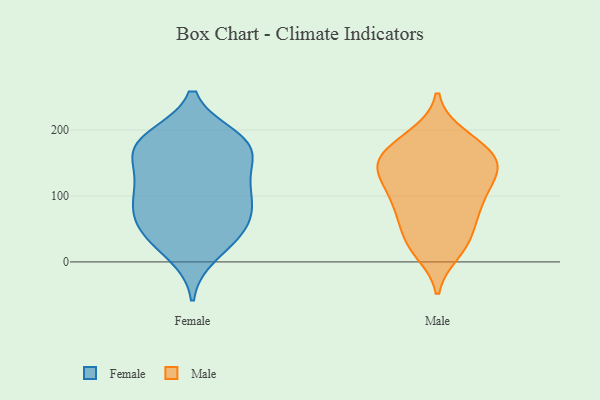
{"axis": {"x": "Page Views", "y": "Value"}, "legend": ["Female", "Male"], "data": [{"x": "", "y": 46, "type": "Female"}, {"x": "", "y": 165, "type": "Female"}, {"x": "", "y": 79, "type": "Female"}, {"x": "", "y": 127, "type": "Female"}, {"x": "", "y": 100, "type": "Female"}, {"x": "", "y": 175, "type": "Female"}, {"x": "", "y": 39, "type": "Female"}, {"x": "", "y": 178, "type": "Female"}, {"x": "", "y": 176, "type": "Female"}, {"x": "", "y": 109, "type": "Female"}, {"x": "", "y": 182, "type": "Female"}, {"x": "", "y": 42, "type": "Female"}, {"x": "", "y": 12, "type": "Female"}, {"x": "", "y": 84, "type": "Female"}, {"x": "", "y": 188, "type": "Female"}, {"x": "", "y": 69, "type": "Female"}, {"x": "", "y": 130, "type": "Female"}, {"x": "", "y": 80, "type": "Male"}, {"x": "", "y": 167, "type": "Male"}, {"x": "", "y": 131, "type": "Male"}, {"x": "", "y": 41, "type": "Male"}, {"x": "", "y": 80, "type": "Male"}, {"x": "", "y": 131, "type": "Male"}, {"x": "", "y": 98, "type": "Male"}, {"x": "", "y": 139, "type": "Male"}, {"x": "", "y": 187, "type": "Male"}, {"x": "", "y": 96, "type": "Male"}, {"x": "", "y": 69, "type": "Male"}, {"x": "", "y": 25, "type": "Male"}, {"x": "", "y": 158, "type": "Male"}, {"x": "", "y": 152, "type": "Male"}, {"x": "", "y": 191, "type": "Male"}, {"x": "", "y": 16, "type": "Male"}, {"x": "", "y": 28, "type": "Male"}, {"x": "", "y": 130, "type": "Male"}, {"x": "", "y": 149, "type": "Male"}, {"x": "", "y": 169, "type": "Male"}]}